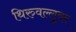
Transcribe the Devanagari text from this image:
थिरुवल्लुवर